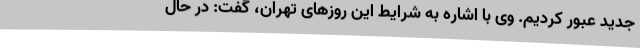
جدید عبور کردیم. وی با اشاره به شرایط این روزهای تهران، گفت: در حال